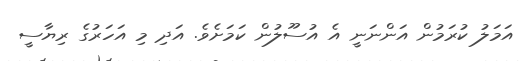
އަމަލު ކުރަމުން އަންނަނީ އެ އުސޫލުން ކަމަށެވެ. އަދި މި އަހަރުގެ ރިޔާސީ